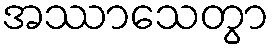
အဿာသေတွာ